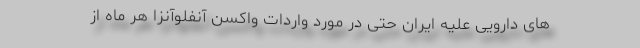
های دارویی علیه ایران حتی در مورد واردات واکسن آنفلوآنزا هر ماه از